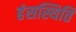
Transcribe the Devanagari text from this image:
हंसस्थिति